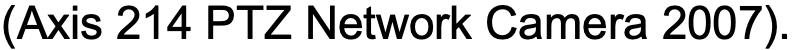
(Axis 214 PTZ Network Camera 2007).